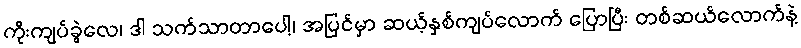
ကိုးကျပ်ခွဲလေ၊ ဒါ သက်သာတာပေါ့၊ အပြင်မှာ ဆယ့်နှစ်ကျပ်လောက် ပြောပြီး တစ်ဆယ်လောက်နဲ့